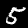
Digit: 5